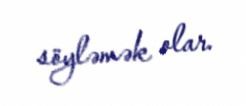
söyləmək olar.